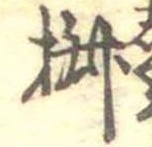
椒